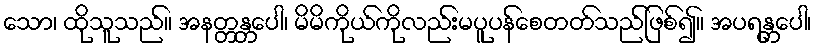
သော၊ ထိုသူသည်။ အနတ္တန္တပေါ၊ မိမိကိုယ်ကိုလည်းမပူပန်စေတတ်သည်ဖြစ်၍။ အပရန္တပေါ၊